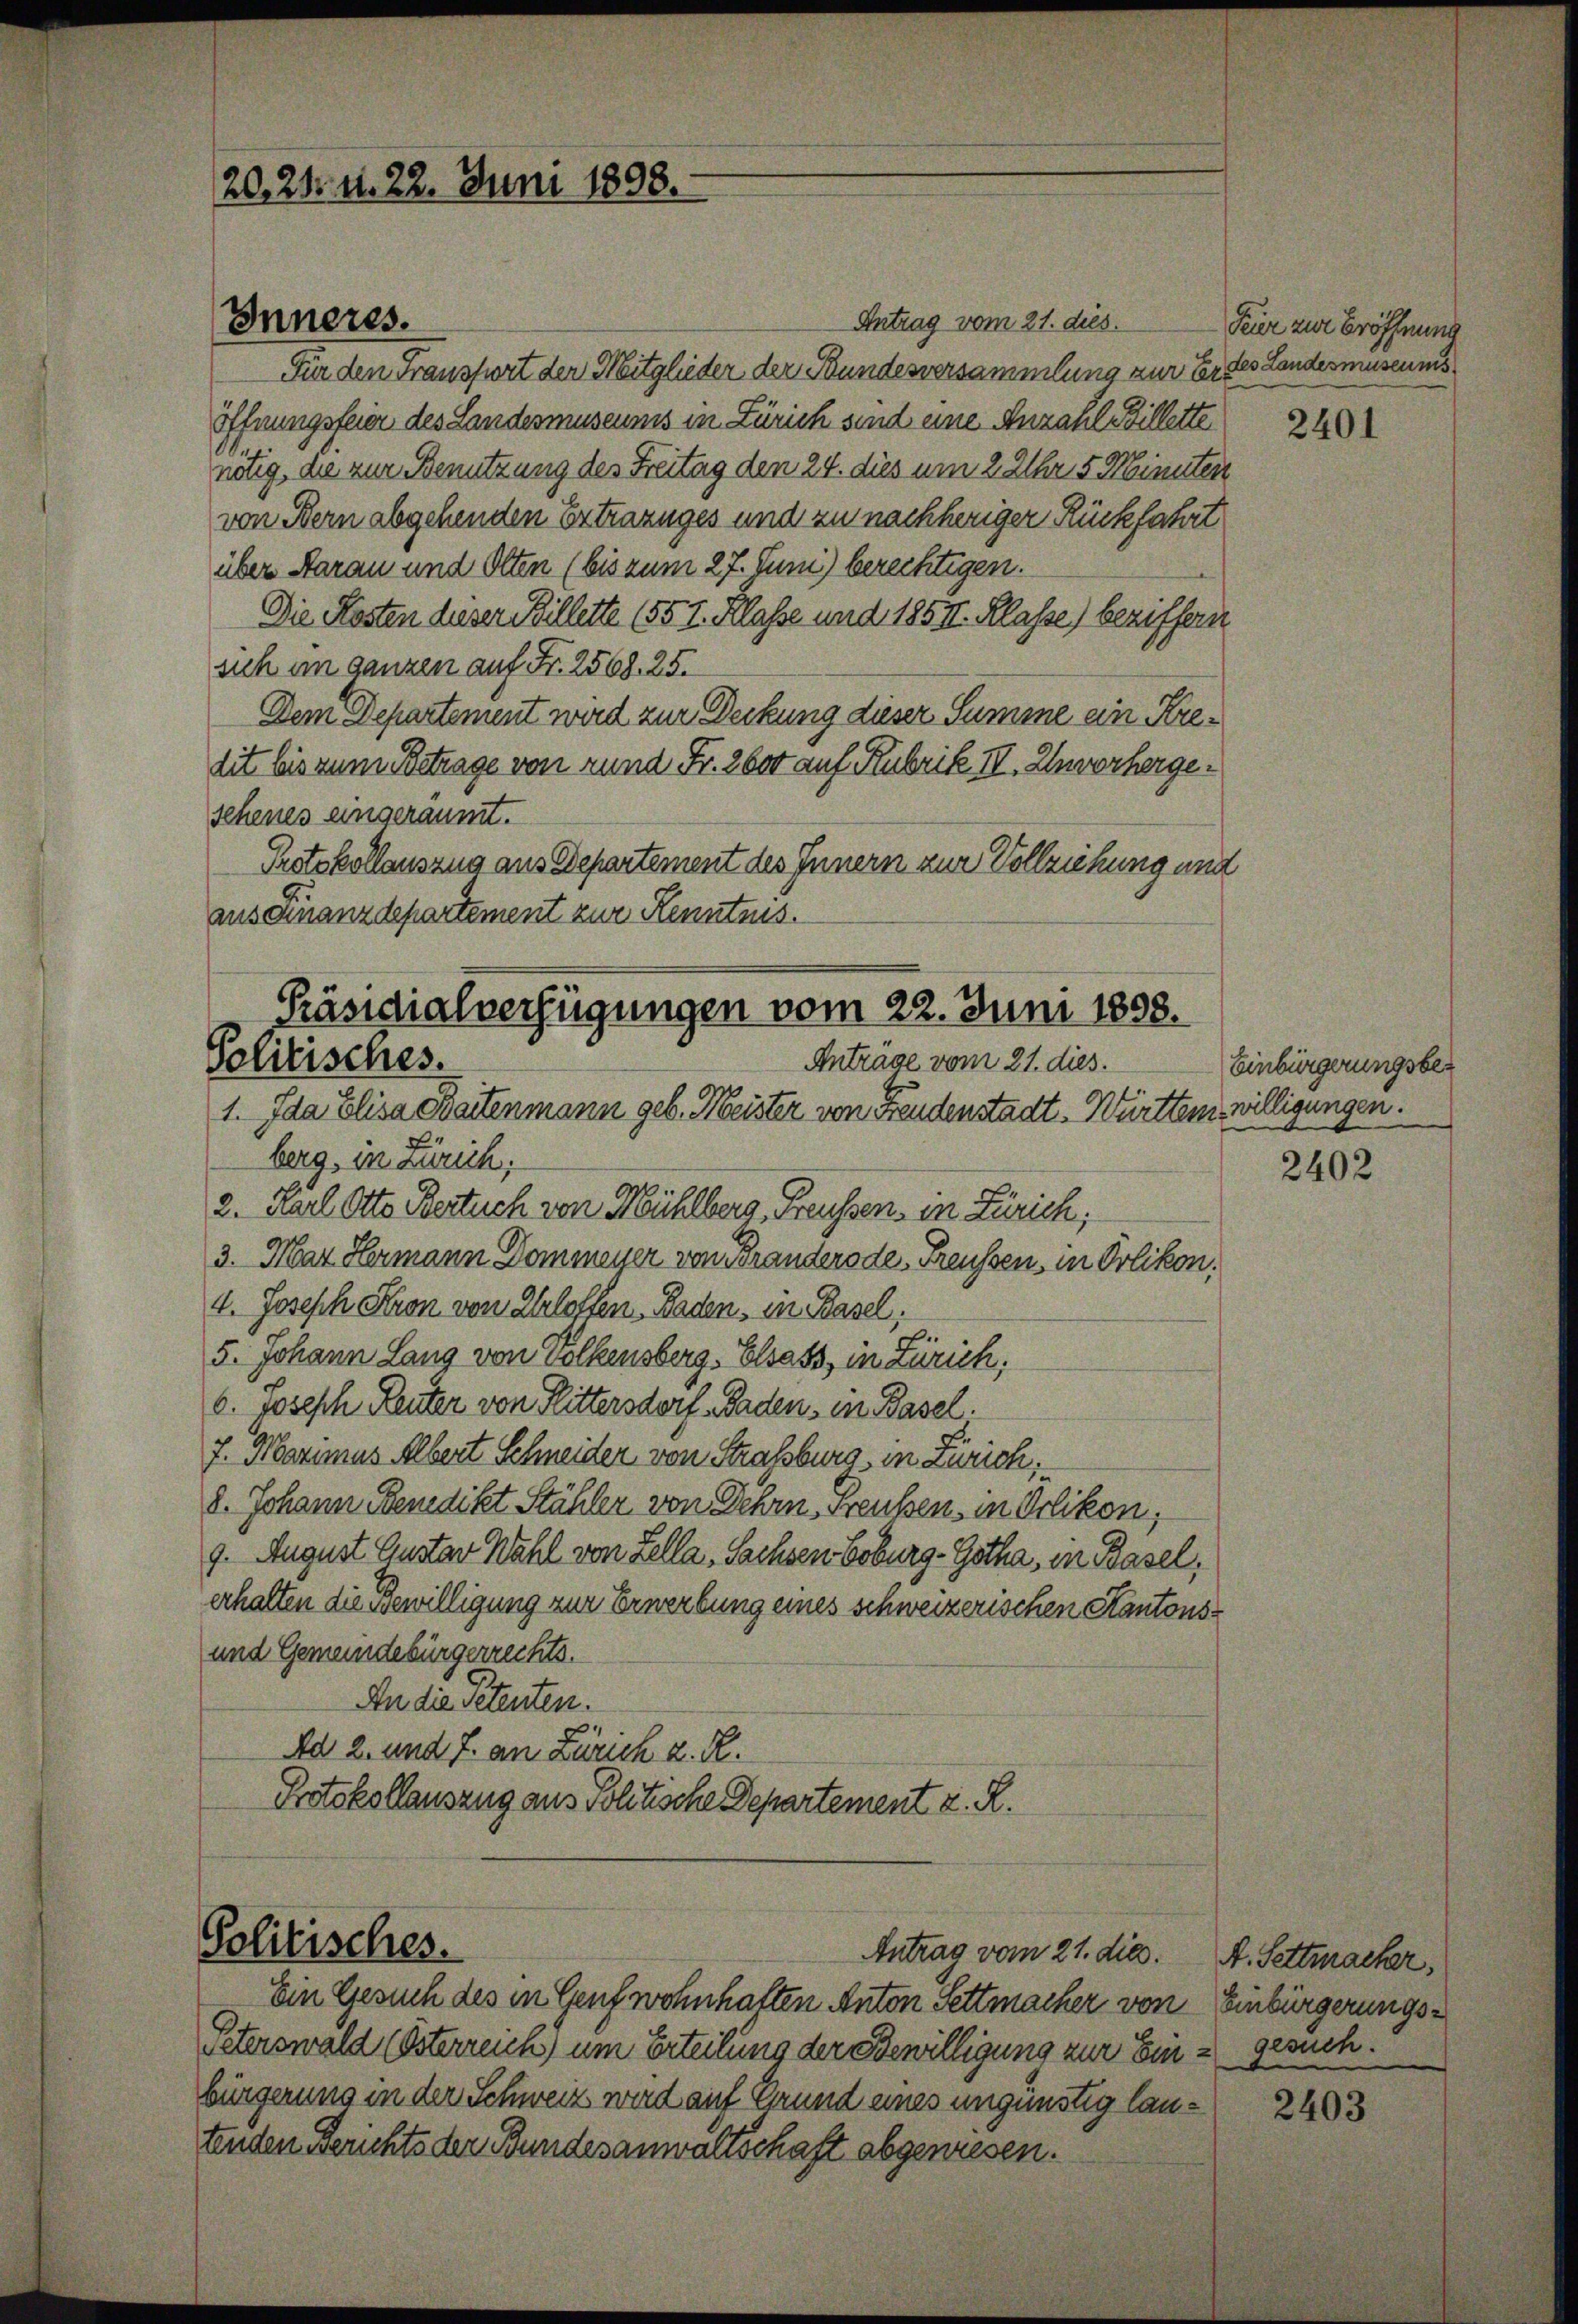
20. 21. d. 22. Juni 1898.

Antrag vom 21. dies.
Für den Fransfort der Mitglieder der Bundesversammlung zur Erdes Landesmuseums
Öffnungsfeier des Landesmuseums in Zürich sind eine Anzahl Billette
nötig, die zur Benutzung des Freitag den 24. dies um 2 Uhr 5 Minuten
von Bern abgehenden Ertrazuges und zu nachheriger Rückfahrt
über daran und Olten (bis zum 27. Juni) berechtigen.
Die Kosten dieser Billette (55. I. Klasse und 1854. Klasse) beziffern
sich an ganzen auf Fr. 2568. 25.
Dem Departement wird zur Deckung dieser Summe ein Kredit bis zum Betrage von rund Fr. 2600 auf Rubrik III. Unvorhergeschenes eingeräumt.
Protokollauszug aus Departement des Innern zur Vollziehung und
aus Finanzdepartement zur Kenntnus.

Inneres.

Präsidialverfügungen vom 22. Juni 1858.
Anträge vom 21. dies.
Politisches.

1. Ida Elisa Bartenmann geb. Meister von Freudenstadt-Württem willigungen.
berg, in Zürich,
2. Karl Otto Bertuch von Mühlberg, Freussen, in Zürich;
3. Mar Hermann Dommeyer von Branderode, Freussen, in Polikon.
4. Joseph Fron von Ehrloffen - Baden, in Basel,
5. Johann Lang von Volkensberg. Elsass, in Zürich,
6. Joseph Leuter von Rittersdorf Baden, in Basel.
7. Marimus Albert Schneider von Straßburg, in Zürich,
8. Johann Benedikt Stähler von Dehrn, Freußen, in Orlikon,
9. August Gustav Wahl von Sella, Sachsen Coburg - Gotha, in Basel,
erhalten die Bewilligung zur Erwerbung eines schweizerischen Kantons¬
und Gemeindebürgerrechte.
An die Petenten.
Ad 2. und 7. an Zürich z. R.
Protokollauszug aus Politische Departement d. R.

Politisches.
Antrag vom 21. dies. A. Settmacher,
Ein Gesuch des in Genf wohnhaften Anton Settmacher von Einbürgerungs¬

Peterswald (Österreich) um Erteilung der Bewilligung zur Eine gesuch.
bürgerung in der Schweiz wird auf Grund eines ungünstig lautenden Berichts der Bundesanwaltschaft abgewiesen.

Feier zur Eröffnung

2401

Einbürgerungsbe¬

2402

2403